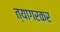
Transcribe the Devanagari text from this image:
त्यागरकर